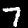
Digit: 7